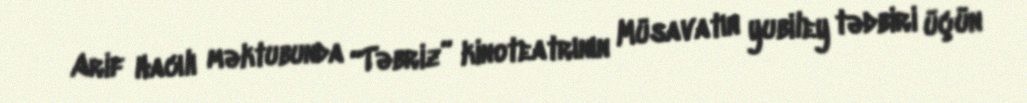
Arif Hacılı məktubunda “Təbriz” kinoteatrının Müsavatın yubiley tədbiri üçün